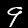
Digit: 9